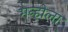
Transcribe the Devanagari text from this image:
मन्होला